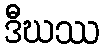
ဒီဃဿ